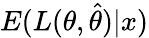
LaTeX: E(L(\theta,{\widehat{\theta}})|x)